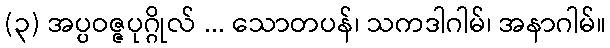
(၃) အပ္ပဝဇ္ဇပုဂ္ဂိုလ် ... သောတပန်၊ သကဒါဂါမ်၊ အနာဂါမ်။